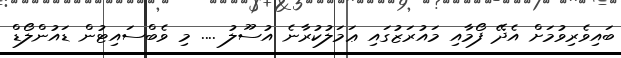
ބައިވެރިވުމަށް އެދޭ ފޯމާއި މައުރަޒުގައި ޢަމަލުކުރާނެ އުސޫލު .... މި ވެބްސައިޓުން ޑައުންލޯޑް